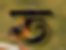
ত